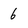
Character: 6